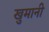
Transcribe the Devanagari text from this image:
खुमानी